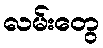
လမ်းတွေ